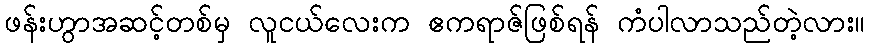
ဖန်းဟွာအဆင့်တစ်မှ လူငယ်လေးက ဧကရာဇ်ဖြစ်ရန် ကံပါလာသည်တဲ့လား။